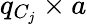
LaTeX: q_{C_{j}}\times a